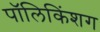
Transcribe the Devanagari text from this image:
पॉलिकिंशग